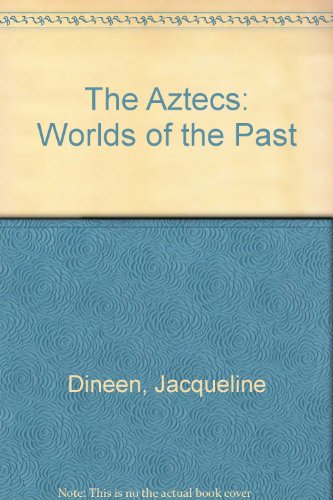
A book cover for The Aztecs (Worlds of the Past); Jacqueline Dineen; Children's Books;